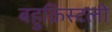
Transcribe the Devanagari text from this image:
बहुक्रिस्टली